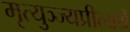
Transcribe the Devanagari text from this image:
मृत्युञ्ज्यप्रीत्यर्थे